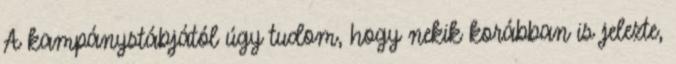
A kampánystábjától úgy tudom, hogy nekik korábban is jelezte,